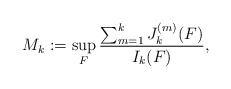
\begin{align*}M_k := \sup_F \frac{\sum_{m = 1}^k J_k^{(m)}(F)}{I_k(F)},\end{align*}